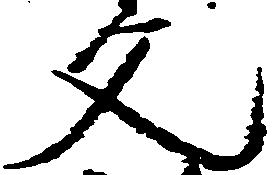
文